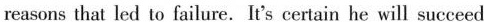
reasonsthat led to failure. It's certain he will succeed